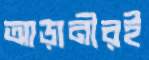
আড়ানীরই